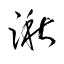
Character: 湫